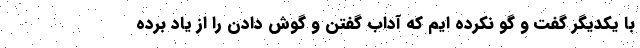
با یکدیگر گفت و گو نکرده ایم که آداب گفتن و گوش دادن را از یاد برده